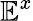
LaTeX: \mathbb{E}^{x}